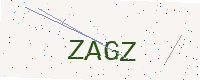
Text: ZAGZ